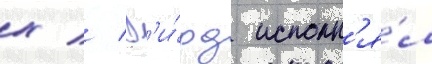
х // Г'и́рд исполн'я́л